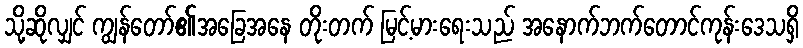
သို့ဆိုလျှင် ကျွန်တော်၏အခြေအနေ တိုးတက် မြင့်မားရေးသည် အနောက်ဘက်တောင်ကုန်းဒေသရှိ